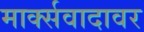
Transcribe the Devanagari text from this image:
मार्क्सवादावर